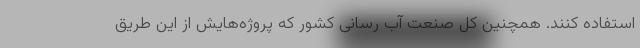
استفاده ‌کنند. همچنین کل صنعت آب رسانی کشور که پروژه‌هایش از این طریق